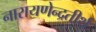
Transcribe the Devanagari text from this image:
नारायणेन्द्रतीर्थ